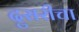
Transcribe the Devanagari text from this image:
दुसरीचा